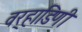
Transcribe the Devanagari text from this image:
वर्‍हाडिणी